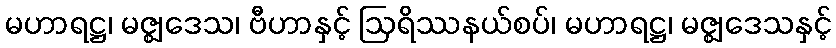
မဟာရဋ္ဌ၊ မဇ္ဈဒေသ၊ ဗီဟာနှင့် ဩရိဿနယ်စပ်၊ မဟာရဋ္ဌ၊ မဇ္ဈဒေသနှင့်